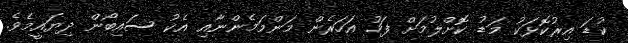
ކުޑަ އިރުކޮޅަކު މަޑު ކޮށްލުމަށް ފަހު އަހަރެން މަންމަމެންނާއި އެކު ސައިބޯން ދިޔައީމެވެ.